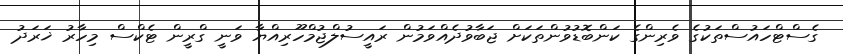
ގެސްޓްހައުސްތަކުގެ ވެރިންގެ ކަންބޮޑުވުންތަކަށް ޖަބާވުދެއްވަމުން ރައީސުލްޖުމްހޫރިއްޔާ ވަނީ ގްރީން ޓެކްސް މިހާރު ޚަރަދު